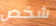
شخص